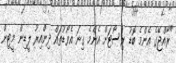
"ރާއްޖޭގެ އެންމެ ބޮޑު ރިސޯޓަށް އެންމެ ގިނަ އެވޯޑުތައް ދިންއިރު ލީޑިން މީޓިން